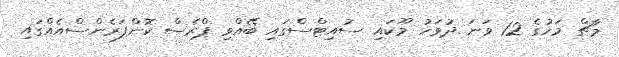
މާޗް މަހުގެ 12 ވަނަ ދުވަހު މޫކައި ސުއިޓްސްގައި ބޭއްވި ޕްރެސް ކޮންފަރެންސްއެއްގައި